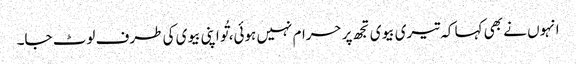
انہوں نے بھی کہا کہ تیری بیوی تجھ پر حرام نہیں ہوئی، تُو اپنی بیوی کی طرف لوٹ جا۔